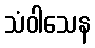
သံဝါသေန